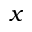
x